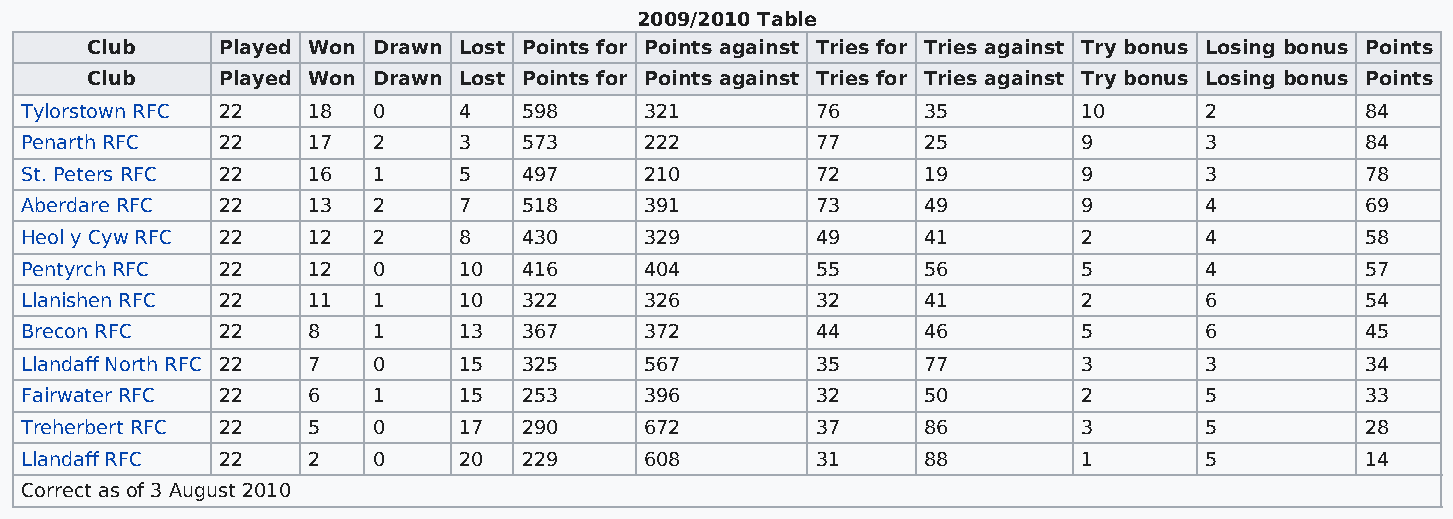
2009/2010 Table
 Club    Played Won Drawn Lost Points for Points against Tries for Tries against Try bonus Losing bonus Points
 Club    Played Won Drawn Lost Points for Points against Tries for Tries against Try bonus Losing bonus Points
 Tylorstown RFC 22  18   0    4    598     321        76     35         10      2         84
 Penarth RFC  22    17   2    3    573     222        77     25         9       3         84
 St. Peters RFC 22  16   1    5    497     210        72     19         9       3         78
 Aberdare RFC 22    13   2    7    518     391        73     49         9       4         69
 Heol y Cyw RFC 22  12   2    8    430     329        49     41         2       4         58
 Pentyrch RFC 22    12   0    10   416     404        55     56         5       4         57
 Llanishen RFC 22   11   1    10   322     326        32     41         2       6         54
 Brecon RFC   22    8    1    13   367     372        44     46         5       6         45
 Llandaff North RFC 22 7 0    15   325     567        35     77         3       3         34
 Fairwater RFC 22   6    1    15   253     396        32     50         2       5         33
 Treherbert RFC 22  5    0    17   290     672        37     86         3       5         28
 Llandaff RFC 22    2    0    20   229     608        31     88         1       5         14
 Correct as of 3 August 2010